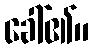
ခေါ်၏။